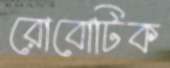
রোবোটিক